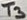
Text: T3